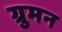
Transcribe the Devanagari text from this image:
ग्रुमन